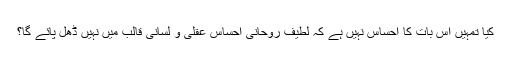
کیا تمہیں اس بات کا احساس نہیں ہے کہ لطیف روحانی احساس عقلی و لسانی قالب میں نہیں ڈھل پائے گا؟